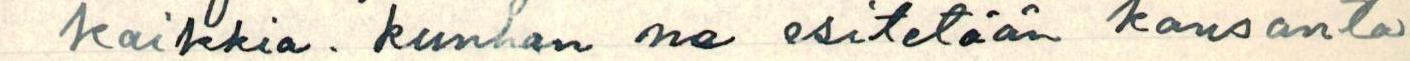
kaikkia. kunhan ne esitetään kansanta